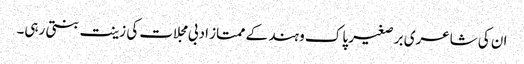
ان کی شاعری بر صغیر پاک و ہند کے ممتاز ادبی مجلات کی زینت بنتی رہی۔